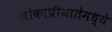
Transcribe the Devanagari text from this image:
लोकाप्रीयातेमध्ये